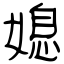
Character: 媳